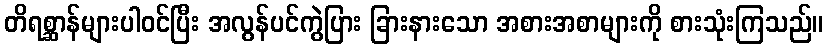
တိရစ္ဆာန်များပါဝင်ပြီး အလွန်ပင်ကွဲပြား ခြားနားသော အစားအစာများကို စားသုံးကြသည်။